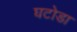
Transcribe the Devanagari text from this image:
घटोडा